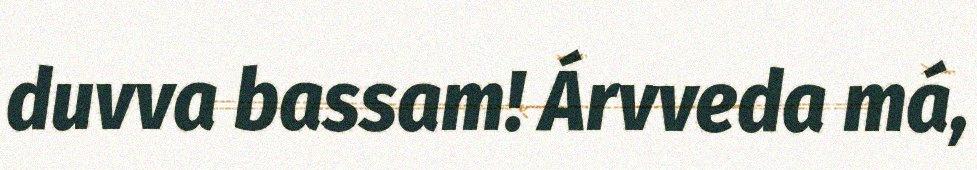
duvva bassam! Árvveda má,